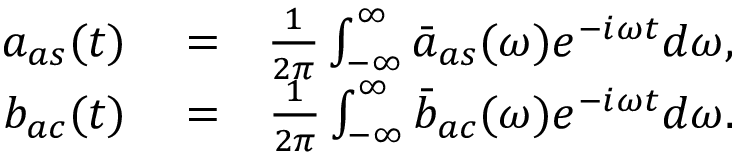
\begin{array} { r l r } { a _ { a s } ( t ) } & { { } = } & { \frac { 1 } { 2 \pi } \int _ { - \infty } ^ { \infty } \bar { a } _ { a s } ( \omega ) e ^ { - i \omega t } d \omega , } \\ { b _ { a c } ( t ) } & { { } = } & { \frac { 1 } { 2 \pi } \int _ { - \infty } ^ { \infty } \bar { b } _ { a c } ( \omega ) e ^ { - i \omega t } d \omega . } \end{array}